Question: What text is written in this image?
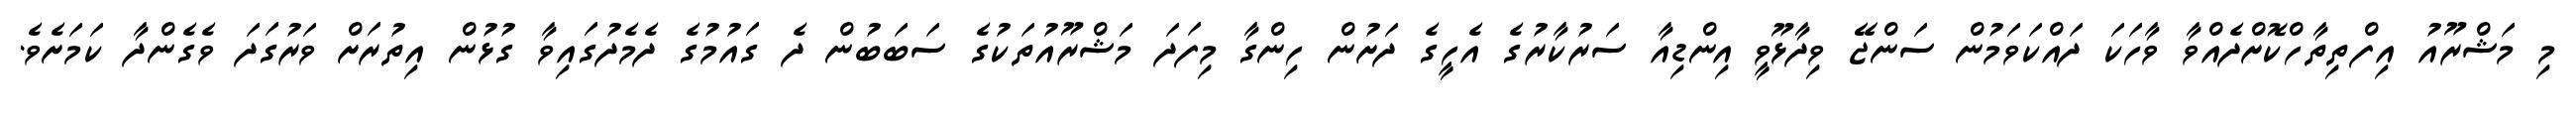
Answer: މި މަޝްރޫއު އިފްތިތާހްކޮށްދެއްވާ ވާހަކަ ދައްކަވަމުން ސަންޖޭ ވިދާޅޫވީ އިންޑިއާ ސަރުކާރުގެ އެހީގެ ދަށުން ހިންގާ މިފަދަ މަޝްރޫއުތަކުގެ ސަބަބުން ދެ ގައުމުގެ ދެމެދުގައިވާ ގުޅުން އިތުރަށް ވަރުގަދަ ވެގެންދާ ކަމަށެވެ.